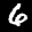
Label: 6